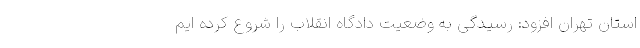
استان تهران افزود: رسیدگی به وضعیت دادگاه انقلاب را شروع کرده ایم